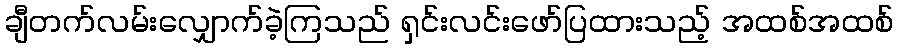
ချီတက်လမ်းလျှောက်ခဲ့ကြသည် ရှင်းလင်းဖော်ပြထားသည့် အထစ်အထစ်